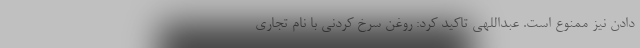
دادن نیز ممنوع است. عبداللهی تاکید کرد: روغن سرخ کردنی با نام تجاری